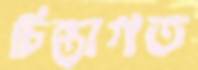
চিন্তাগত